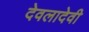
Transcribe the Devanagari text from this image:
देवलादेवी